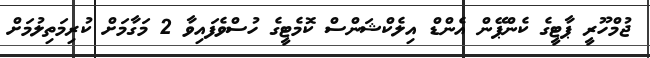
ޖުމްހޫރީ ޕާޓީގެ ކެންޕޭން އެންޑް އިލެކްޝަންސް ކޮމެޓީގެ ހުސްވެފައިވާ 2 މަގާމަށް ކުރިމަތިލުމަށް